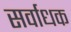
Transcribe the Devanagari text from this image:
सर्वाधक